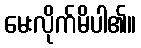
မေးလိုက်မိပါ၏။